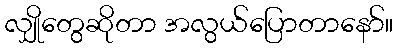
လျှိုတွေဆိုတာ အလွယ်ပြောတာနော်။